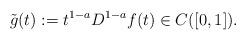
LaTeX: \begin{align*} \tilde g (t) := t^{1-a} D^{1-a}f(t) \in C([0,1]).\end{align*}